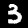
Digit: 3